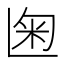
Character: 𰪨